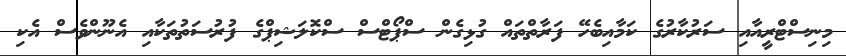
މިނިސްޓްރީއާއި ސަރުކާރުގެ ކަމާއިބެހޭ ފަރާތްތައް ގުޅިގެން ސްޕޯޓްސް ސްކޮލަޝިޕްގެ ފުރުސަތުތަކާއި އެނޫންވެސް އެކި